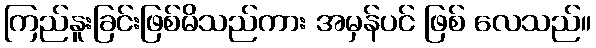
ကြည်နူးခြင်းဖြစ်မိသည်ကား အမှန်ပင် ဖြစ် လေသည်။